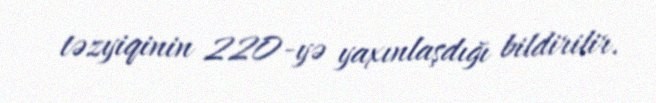
təzyiqinin 220-yə yaxınlaşdığı bildirilir.